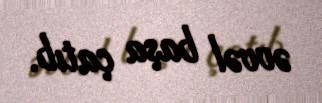
əvvəl başa çatıb.